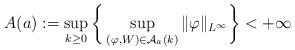
LaTeX: \begin{align*}A(a):=\sup_{k\ge 0}\bigg\{\sup_{(\varphi,W)\in \mathcal{A}_a(k)}\|\varphi\|_{L^\infty}\bigg\}<+\infty\end{align*}